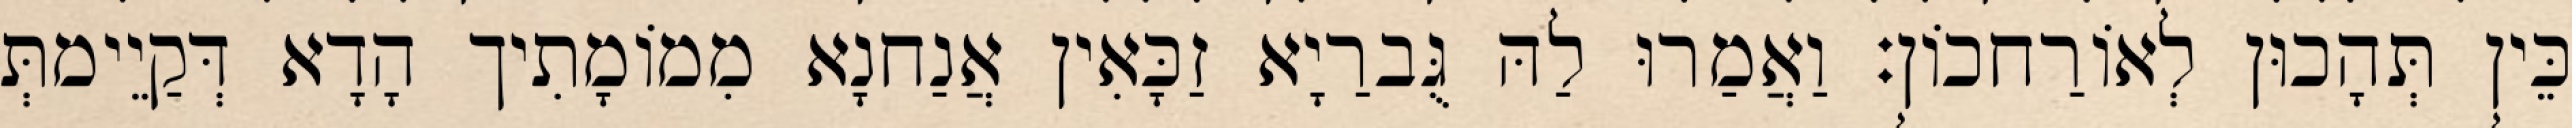
כֵּין תְּהָכוּן לְאוֹרַחכוֹן׃ וַאֲמַרוּ לַהּ גֻּברַיָא זַכָּאִין אֲנַחנָא מִמוֹמָתִיך הָדָא דְּקַיֵימתְּ